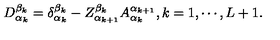
D _ { \alpha _ { k } } ^ { \beta _ { k } } = \delta _ { \alpha _ { k } } ^ { \beta _ { k } } - Z _ { \alpha _ { k + 1 } } ^ { \beta _ { k } } A _ { \alpha _ { k } } ^ { \alpha _ { k + 1 } } , k = 1 , \cdots , L + 1 .